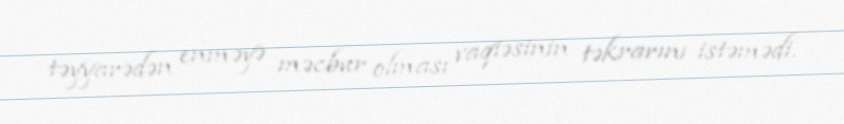
təyyarədən enməyə məcbur olması vaqiəsinin təkrarını istəmədi.